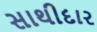
સાથીદાર